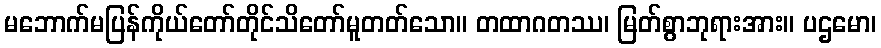
မဘောက်မပြန်ကိုယ်တော်တိုင်သိတော်မူတတ်သော။ တထာဂတဿ၊ မြတ်စွာဘုရားအား။ ပဌမော၊